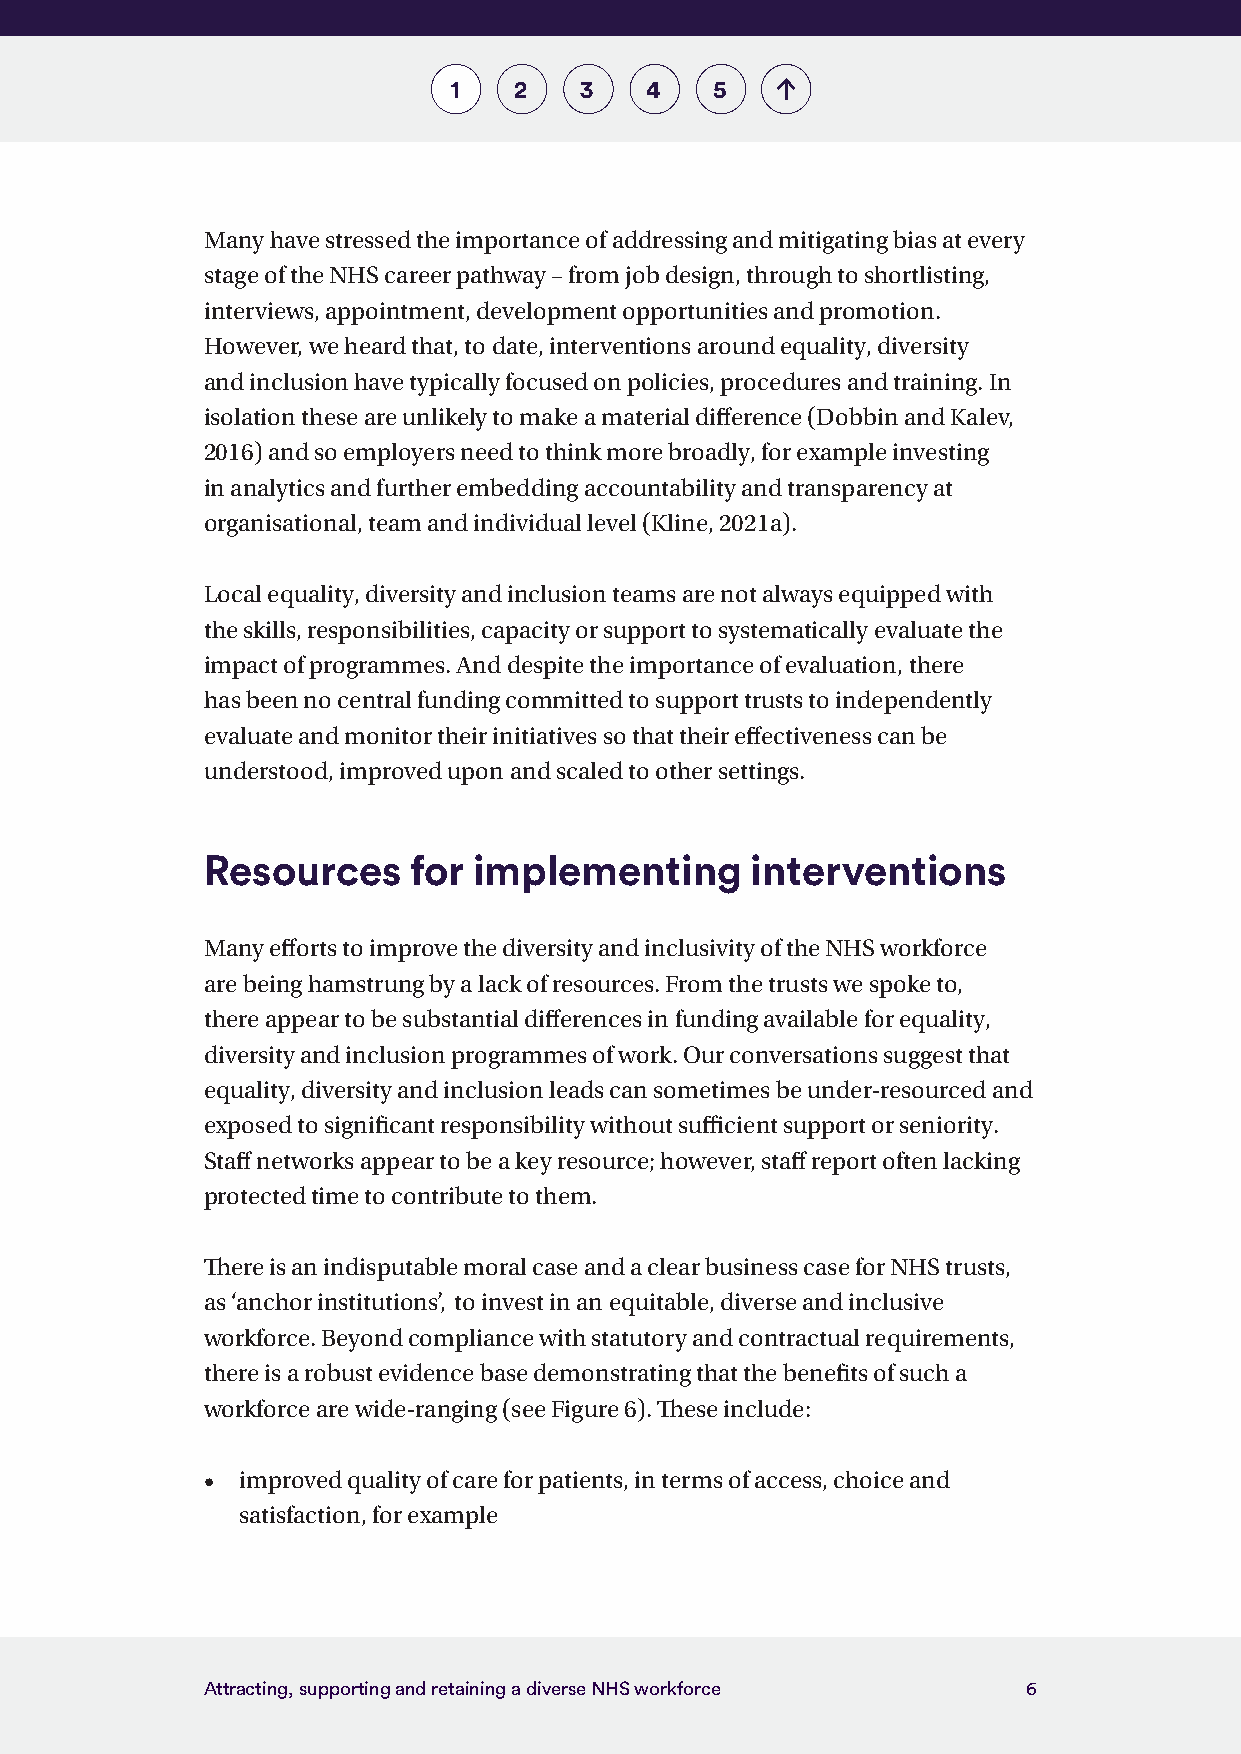
1   2   3    4   5
 Many have stressed the importance of addressing and mitigating bias at every
 stage of the NHS career pathway – from job design, through to shortlisting,
 interviews, appointment, development opportunities and promotion.
 However, we heard that, to date, interventions around equality, diversity
 and inclusion have typically focused on policies, procedures and training. In
 isolation these are unlikely to make a material difference (Dobbin and Kalev,
 2016) and so employers need to think more broadly, for example investing
 in analytics and further embedding accountability and transparency at
 organisational, team and individual level (Kline, 2021a).
 Local equality, diversity and inclusion teams are not always equipped with
 the skills, responsibilities, capacity or support to systematically evaluate the
 impact of programmes. And despite the importance of evaluation, there
 has been no central funding committed to support trusts to independently
 evaluate and monitor their initiatives so that their effectiveness can be
 understood, improved upon and scaled to other settings.
 Resources     for implementing       interventions
 Many efforts to improve the diversity and inclusivity of the NHS workforce
 are being hamstrung by a lack of resources. From the trusts we spoke to,
 there appear to be substantial differences in funding available for equality,
 diversity and inclusion programmes of work. Our conversations suggest that
 equality, diversity and inclusion leads can sometimes be under-resourced and
 exposed to significant responsibility without sufficient support or seniority.
 Staff networks appear to be a key resource; however, staff report often lacking
 protected time to contribute to them.
 There is an indisputable moral case and a clear business case for NHS trusts,
 as ‘anchor institutions’, to invest in an equitable, diverse and inclusive
 workforce. Beyond compliance with statutory and contractual requirements,
 there is a robust evidence base demonstrating that the benefits of such a
 workforce are wide-ranging (see Figure 6). These include:
 •  improved quality of care for patients, in terms of access, choice and
 satisfaction, for example
 Attracting, supporting and retaining a diverse NHS workforce 6